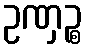
ဥဏှဉ္စ